Annual statistical returns and brief notes on vaccination in Bengal - 1896-1909
Year: 1896
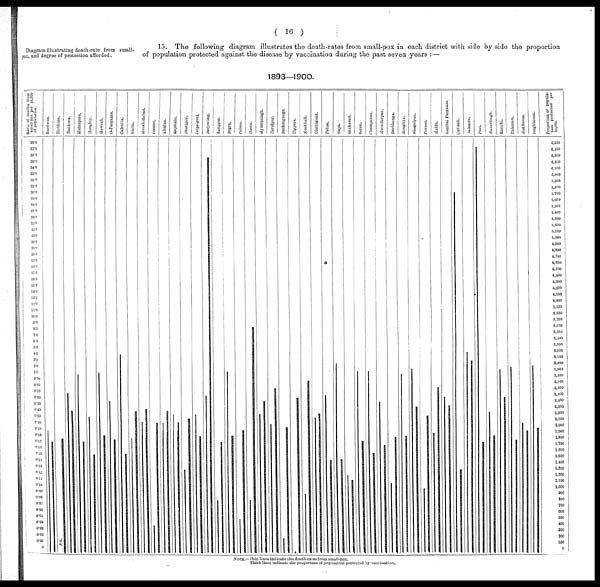
( 16 )
Diagram illustrating death-rate from small¬
pox, and degree of protection afforded.
15. The following diagram illustrates the death-rates from small-pox in each district with side by side the proportion
of population protected against the disease by vaccination during the past seven years :—
1893—1900.
NOTE.—Thin lines indicate the death-rates from small-pox.
Thick lines indicate the proportion of population protected by vaccination.